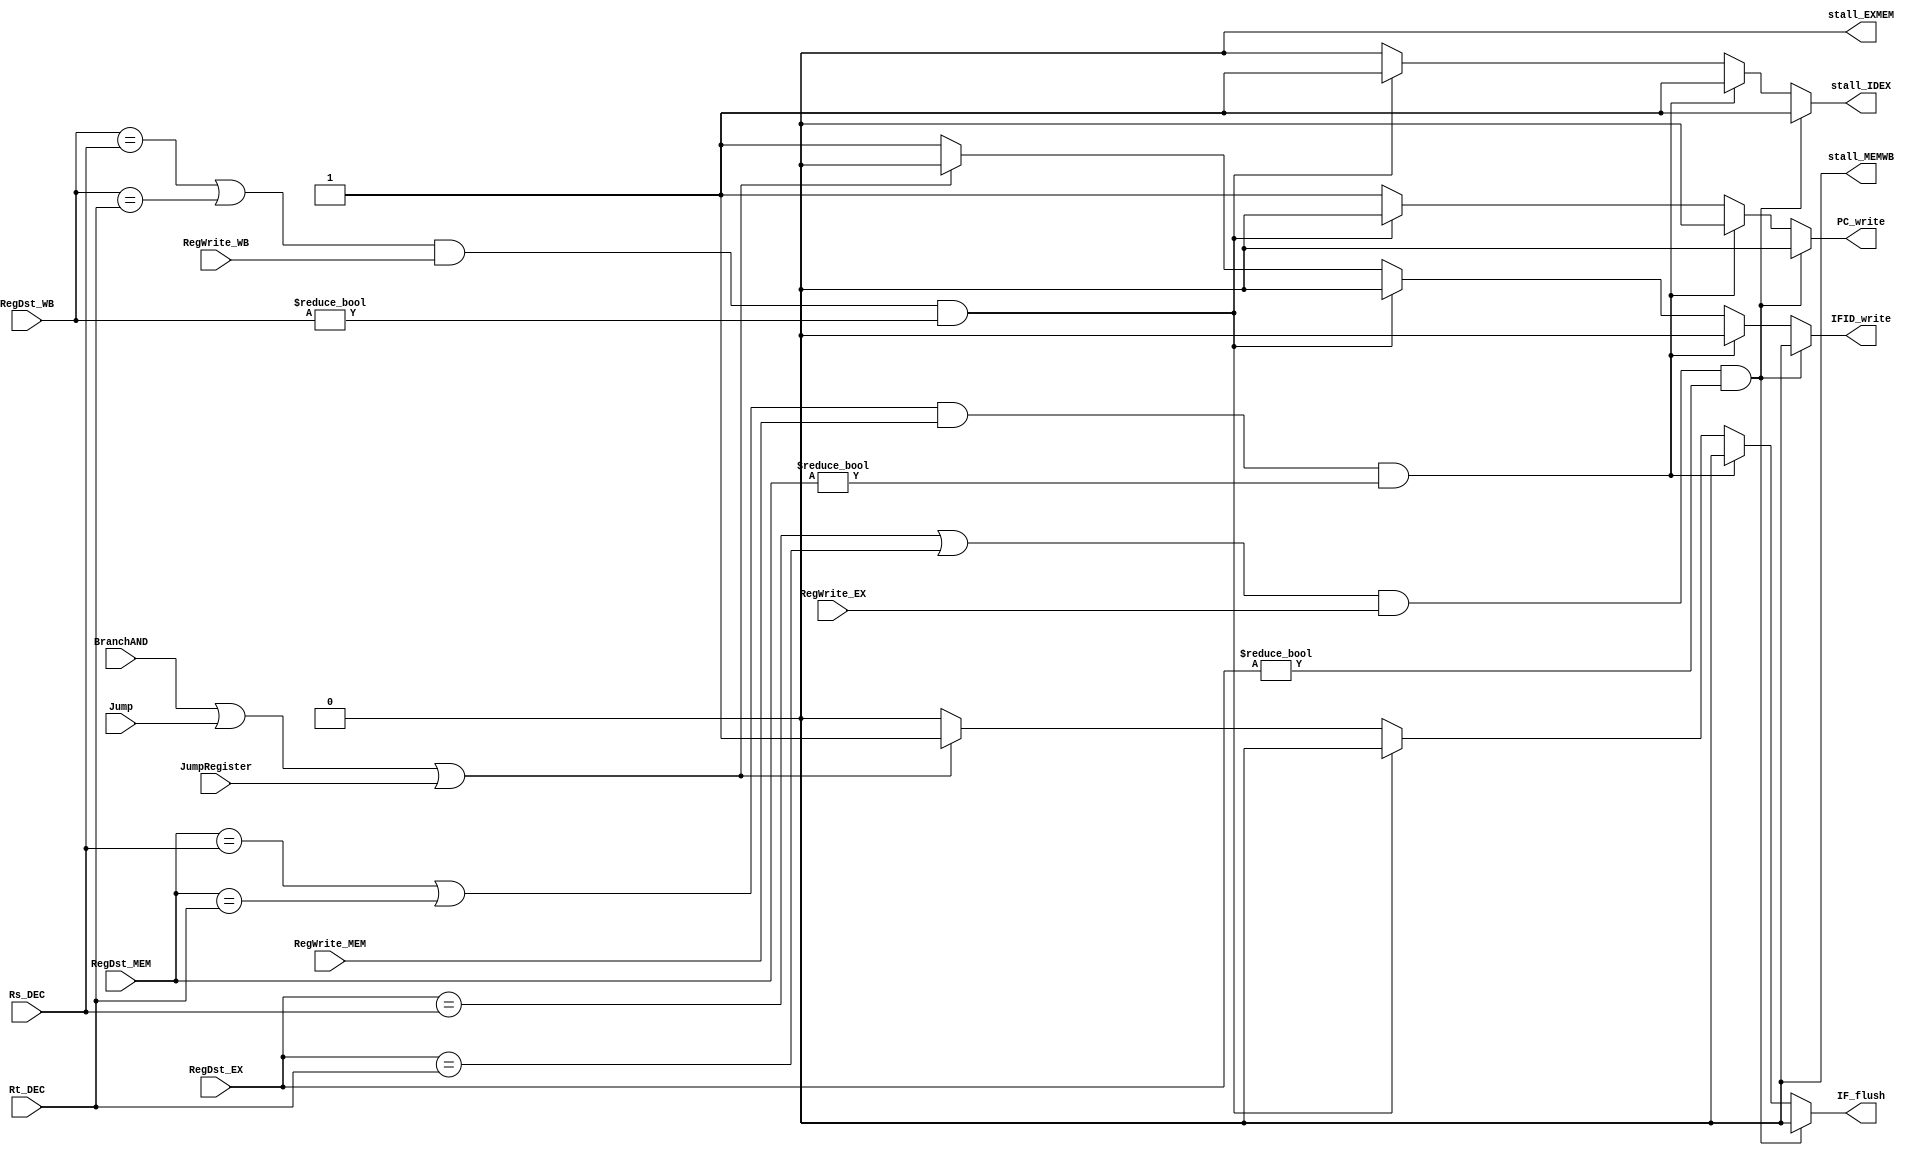
`timescale 1ns / 1ps

module HazardDetection(
    //dependency Inputs
    RegDst_EX, RegDst_MEM, RegDst_WB, 
    Rs_DEC, Rt_DEC,
    RegWrite_EX, RegWrite_MEM, RegWrite_WB,
    //Branch and jump/jr inputs
    BranchAND, Jump, JumpRegister,
    //Outputs
    stall_IDEX, stall_EXMEM, stall_MEMWB,
    IFID_write, PC_write, IF_flush);
    
    input [4:0] RegDst_EX, RegDst_MEM, RegDst_WB, Rs_DEC, Rt_DEC;
    input  RegWrite_EX, RegWrite_MEM, RegWrite_WB;
    input BranchAND, Jump, JumpRegister;
    output reg stall_IDEX, stall_EXMEM, stall_MEMWB,  IFID_write, PC_write, IF_flush;
    
    initial begin
        PC_write <= 1; IFID_write <= 1; IF_flush <= 0;
        stall_IDEX <=0; stall_EXMEM <= 0; stall_MEMWB <= 0;
    end
    //stall = 0 means do not stall
    always @ (*) begin
        //FIRST CHECK FOR DEPENDENCIES
        //DEPENDENCIES MUST BE SOLVED BEFORE DOING JUMPS OR BRANCHES
        //Instr_p is in EX, Instr_c is in DEC 
        if (((RegDst_EX == Rs_DEC ) || (RegDst_EX == Rt_DEC)) && RegWrite_EX == 1 && RegDst_EX != 0) begin 
            PC_write <= 0; IFID_write <= 0; IF_flush <= 0;
            stall_IDEX <=1; stall_EXMEM <= 0; stall_MEMWB <= 0;
        end 
        //Instr_p is in MEM, Instr_c is in DEC 
        else if (((RegDst_MEM == Rs_DEC ) || (RegDst_MEM == Rt_DEC)) && RegWrite_MEM == 1 && RegDst_MEM != 0) begin 
            PC_write <= 0; IFID_write <= 0; IF_flush <= 0;
            stall_IDEX <=1; stall_EXMEM <= 0; stall_MEMWB <= 0; //still need to see if prev stages' stalls should remain 1. 
        end 
        //Instr_p is in WB, Instr_c is in DEC 
        else if (((RegDst_WB == Rs_DEC ) || (RegDst_WB == Rt_DEC)) && RegWrite_WB == 1 && RegDst_WB != 0) begin 
            PC_write <= 0; IFID_write <= 0; IF_flush <= 0;
            stall_IDEX <=1; stall_EXMEM <= 0; stall_MEMWB <= 0; 
        end
        //BRANCH/JUMP flushing, in theory to execute this, no dependencies must occur above
        //We always assume branch is not taken
         else if (BranchAND == 1 || Jump == 1 || JumpRegister == 1) begin 
            PC_write <= 1; IFID_write <= 0; IF_flush <= 1;
            stall_IDEX <=0; stall_EXMEM <= 0; stall_MEMWB <= 0; 
            end
        //no dependency nor branches/jumps
        else begin 
            PC_write <= 1; IFID_write <= 1; IF_flush <= 0;
            stall_IDEX <=0; stall_EXMEM <= 0; stall_MEMWB <= 0;
        end
    end     
   
endmodule